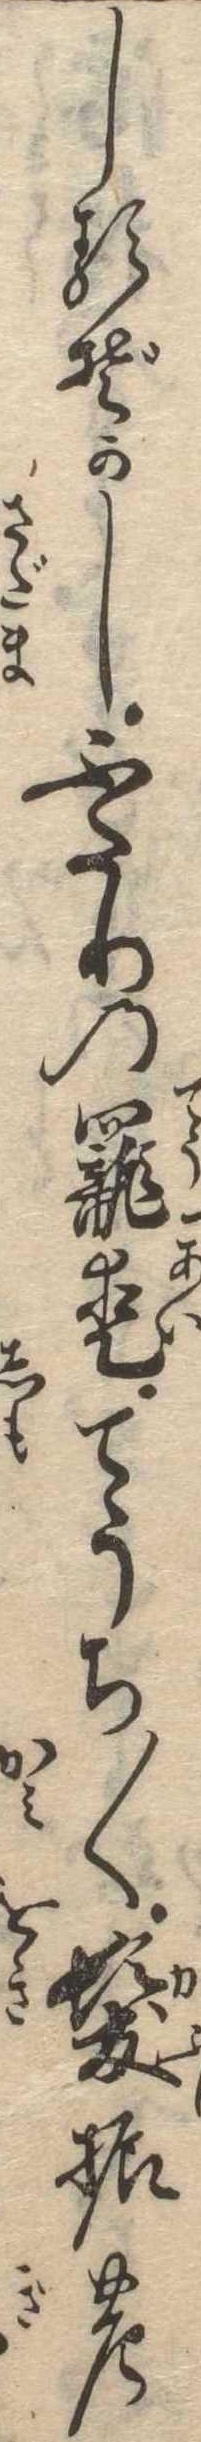
しるぞかしふたりの寵愛てうち〱髪振の